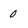
Character: 0